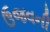
ઉજવની